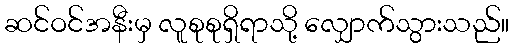
ဆင်ဝင်အနီးမှ လူစုစုရှိရာသို့ လျှောက်သွားသည်။